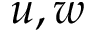
u , w